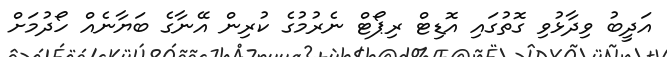
އަދީބު ވިދާޅުވި ގޮތުގައި އޮޑިޓް ރިޕޯޓް ނެރުމުގެ ކުރިން އޭނާގެ ބަޔާނެއް ހޯދުމަށް